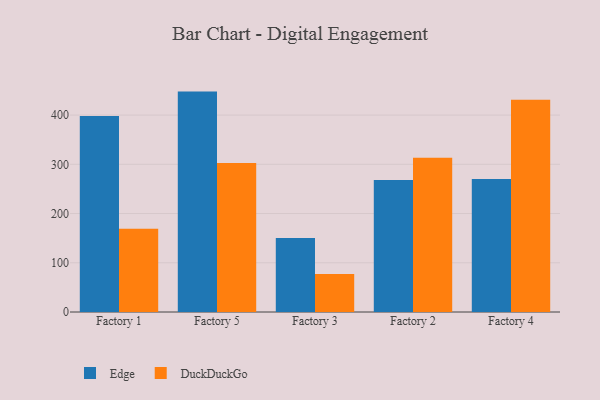
{"axis": {"x": "Factory", "y": "Backlog"}, "legend": ["DuckDuckGo", "Edge"], "data": [{"x": "Factory 1", "y": 397.9, "type": "Edge"}, {"x": "Factory 1", "y": 169.0, "type": "DuckDuckGo"}, {"x": "Factory 5", "y": 447.7, "type": "Edge"}, {"x": "Factory 5", "y": 302.8, "type": "DuckDuckGo"}, {"x": "Factory 3", "y": 150.3, "type": "Edge"}, {"x": "Factory 3", "y": 77.0, "type": "DuckDuckGo"}, {"x": "Factory 2", "y": 268.2, "type": "Edge"}, {"x": "Factory 2", "y": 313.1, "type": "DuckDuckGo"}, {"x": "Factory 4", "y": 270.0, "type": "Edge"}, {"x": "Factory 4", "y": 431.2, "type": "DuckDuckGo"}]}